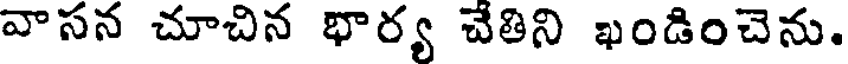
వాసన చూచిన భార్య చేతిని ఖండించెను.